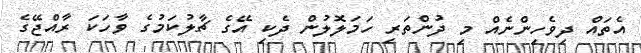
އެތައް ދިވެހިންނެއް މި ދުންތަރި ހަމަލޮލުން ދެކި އޭގެ ޗާލުކަމުގެ ވާހަކަ ރާއްޖޭގެ